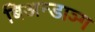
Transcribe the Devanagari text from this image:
बिअन्डाञ्ग